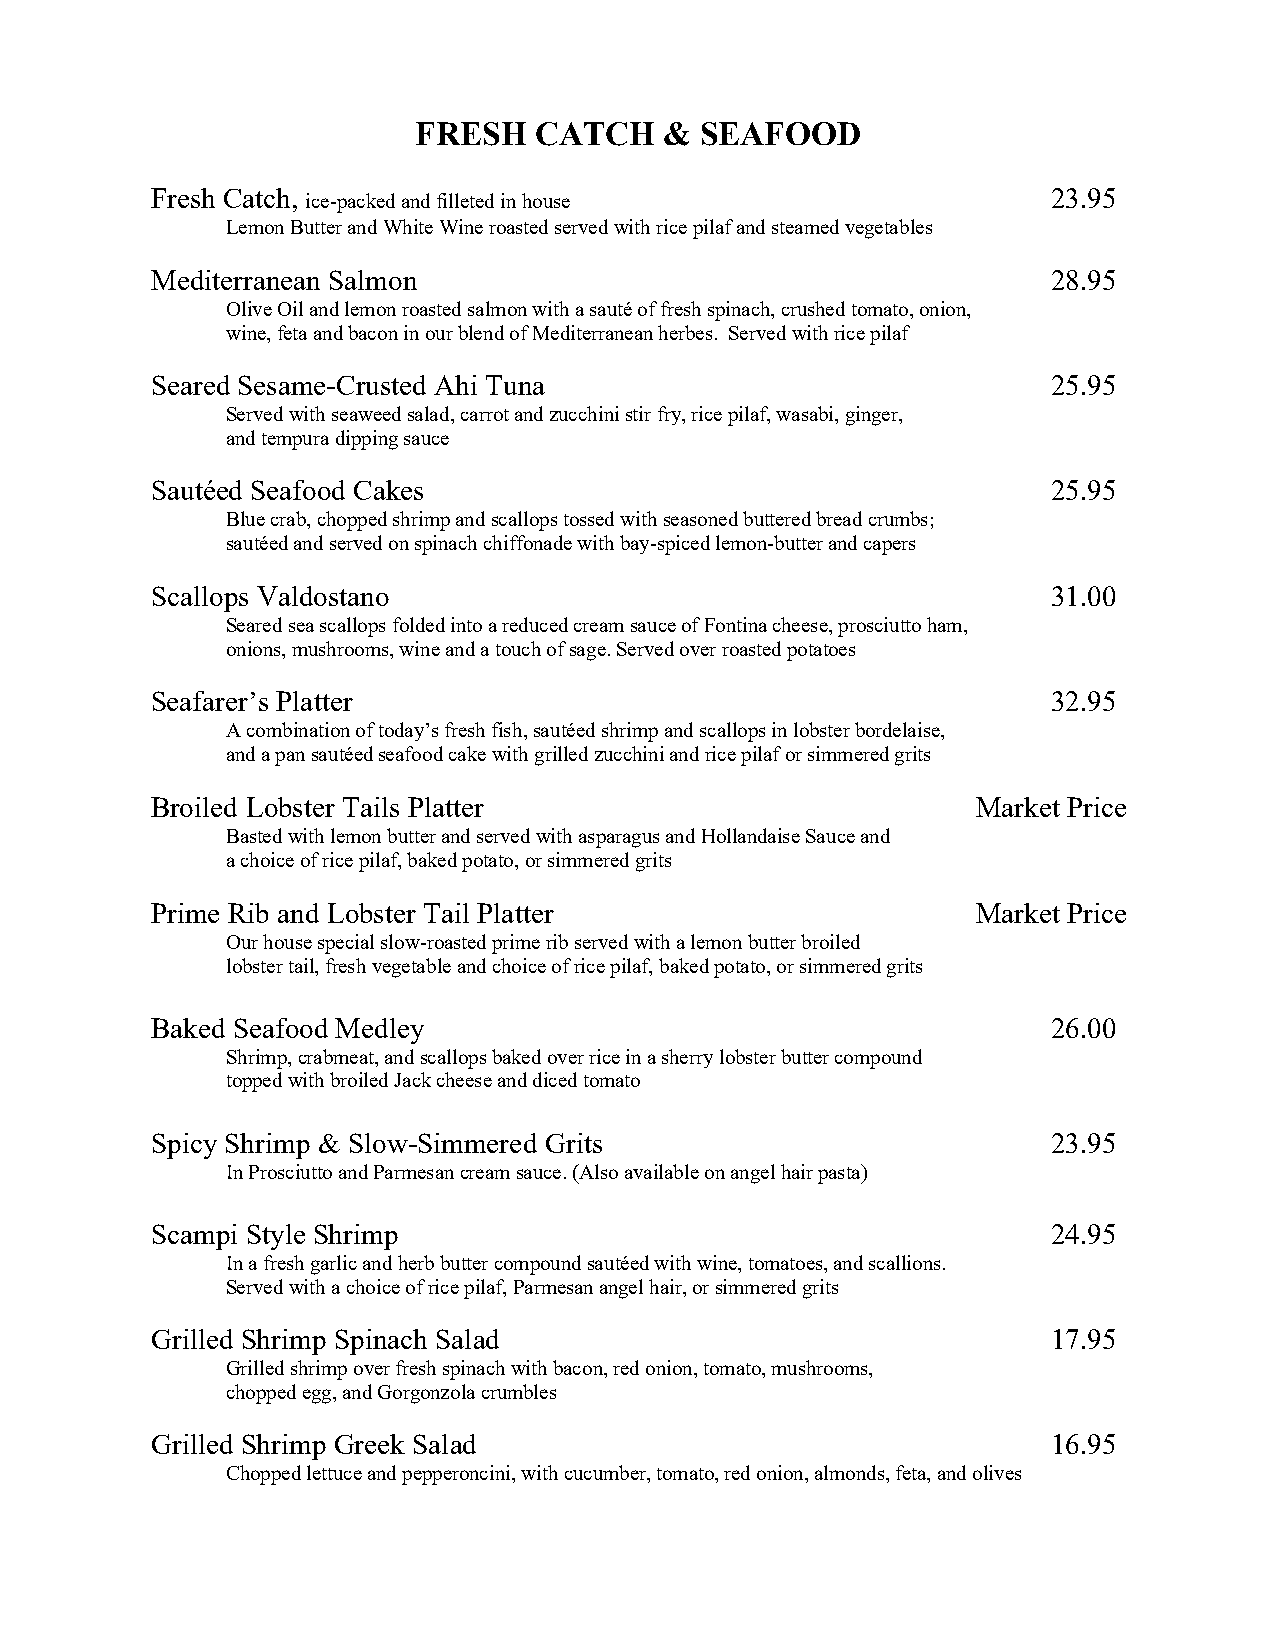
FRESH   CATCH    & SEAFOOD
 Fresh Catch,                                                23.95
 ice-packed and filleted in house
 Lemon Butter and White Wine roasted served with rice pilaf and steamed vegetables
 Mediterranean Salmon                                        28.95
 Olive Oil and lemon roasted salmon with a sauté of fresh spinach, crushed tomato, onion,
 wine, feta and bacon in our blend of Mediterranean herbes. Served with rice pilaf
 Seared Sesame-Crusted Ahi Tuna                              25.95
 Served with seaweed salad, carrot and zucchini stir fry, rice pilaf, wasabi, ginger,
 and tempura dipping sauce
 Sautéed Seafood Cakes                                       25.95
 Blue crab, chopped shrimp and scallops tossed with seasoned buttered bread crumbs;
 sautéed and served on spinach chiffonade with bay-spiced lemon-butter and capers
 Scallops Valdostano                                         31.00
 Seared sea scallops folded into a reduced cream sauce of Fontina cheese, prosciutto ham,
 onions, mushrooms, wine and a touch of sage. Served over roasted potatoes
 Seafarer’s Platter                                          32.95
 A combination of today’s fresh fish, sautéed shrimp and scallops in lobster bordelaise,
 and a pan sautéed seafood cake with grilled zucchini and rice pilaf or simmered grits
 Broiled Lobster Tails Platter                          Market Price
 Basted with lemon butter and served with asparagus and Hollandaise Sauce and
 a choice of rice pilaf, baked potato, or simmered grits
 Prime Rib and Lobster Tail Platter                     Market Price
 Our house special slow-roasted prime rib served with a lemon butter broiled
 lobster tail, fresh vegetable and choice of rice pilaf, baked potato, or simmered grits
 Baked Seafood Medley                                        26.00
 Shrimp, crabmeat, and scallops baked over rice in a sherry lobster butter compound
 topped with broiled Jack cheese and diced tomato
 Spicy Shrimp & Slow-Simmered Grits                          23.95
 In Prosciutto and Parmesan cream sauce. (Also available on angel hair pasta)
 Scampi Style Shrimp                                         24.95
 In a fresh garlic and herb butter compound sautéed with wine, tomatoes, and scallions.
 Served with a choice of rice pilaf, Parmesan angel hair, or simmered grits
 Grilled Shrimp Spinach Salad                                17.95
 Grilled shrimp over fresh spinach with bacon, red onion, tomato, mushrooms,
 chopped egg, and Gorgonzola crumbles
 Grilled Shrimp Greek Salad                                  16.95
 Chopped lettuce and pepperoncini, with cucumber, tomato, red onion, almonds, feta, and olives